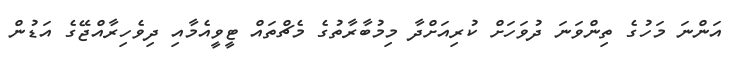
އަންނަ މަހުގެ ތިންވަނަ ދުވަހަށް ކުރިއަށްދާ މިމުބާރާތުގެ މެޗްތައް ޓީވީއެމާއި ދިވެހިރާއްޖޭގެ އަޑުން